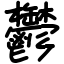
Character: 鬱